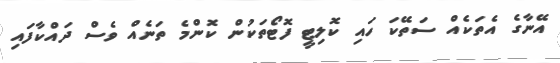
އޭނާގެ އެތަކެއް ސަތޭކަ ހައި ކޮލިޓީ ފޮޓޯތަކުން ކޮންމެ ތަނެއް ވެސް ދައްކާފައި